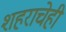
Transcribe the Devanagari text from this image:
शहराचेही